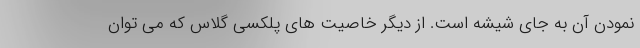
نمودن آن به جای شیشه است. از دیگر خاصیت های پلکسی گلاس که می توان